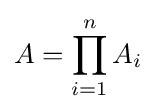
A=\prod _{i=1}^{n}A_{i}